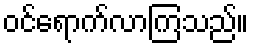
ဝင်ရောက်လာကြသည်။